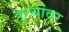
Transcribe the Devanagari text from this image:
कुत्र्यांवर